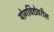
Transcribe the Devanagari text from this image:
योगविद्येवरील